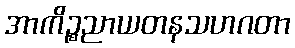
အာကိဉ္စညာယတနသဟဂတာ